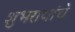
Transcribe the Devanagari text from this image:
शुभरायांचे